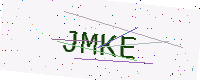
Text: JMKE